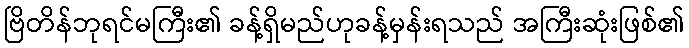
ဗြိတိန်ဘုရင်မကြီး၏ ခန့်ရှိမည်ဟုခန့်မှန်းရသည် အကြီးဆုံးဖြစ်၏